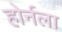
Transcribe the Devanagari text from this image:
होर्नला